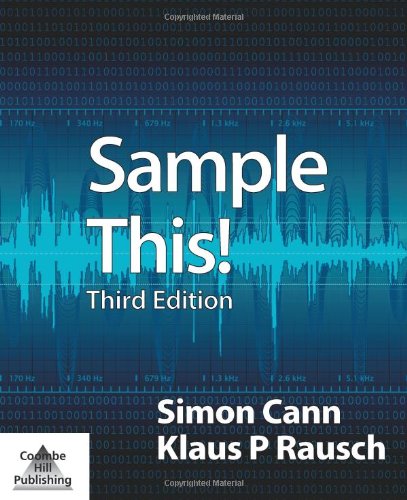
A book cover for Sample This! (Third Edition); Simon Cann; Computers & Technology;